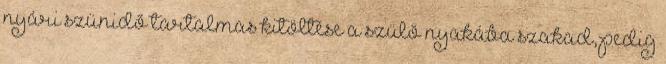
nyári szünidő tartalmas kitöltése a szülő nyakába szakad, pedig